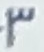
3